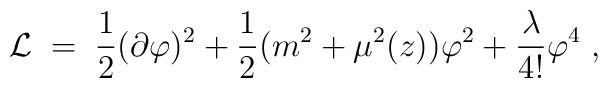
{\cal L}\;=\; \frac{1}{2} (\partial \varphi)^2 + \frac{1}{2} (m^2 +\mu^2(z) ) \varphi^2 + \frac{\lambda}{4!} \varphi^4 \;,